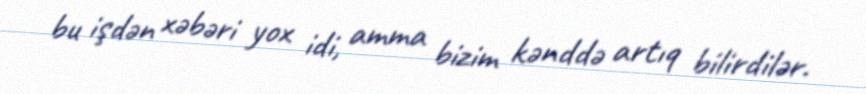
bu işdən xəbəri yox idi, amma bizim kənddə artıq bilirdilər.